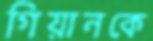
গিয়ানকে